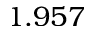
1 . 9 5 7